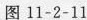
图11-2-11